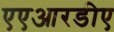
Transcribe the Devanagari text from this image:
एएआरडीए